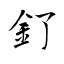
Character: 釕